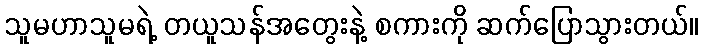
သူမဟာသူမရဲ့ တယူသန်အတွေးနဲ့ စကားကို ဆက်ပြောသွားတယ်။